DOW-UAP-D54, Mission Report, Mediterranean Sea, NA
Agency: Department of War
Incident location: Mediterranean Sea
Page 5
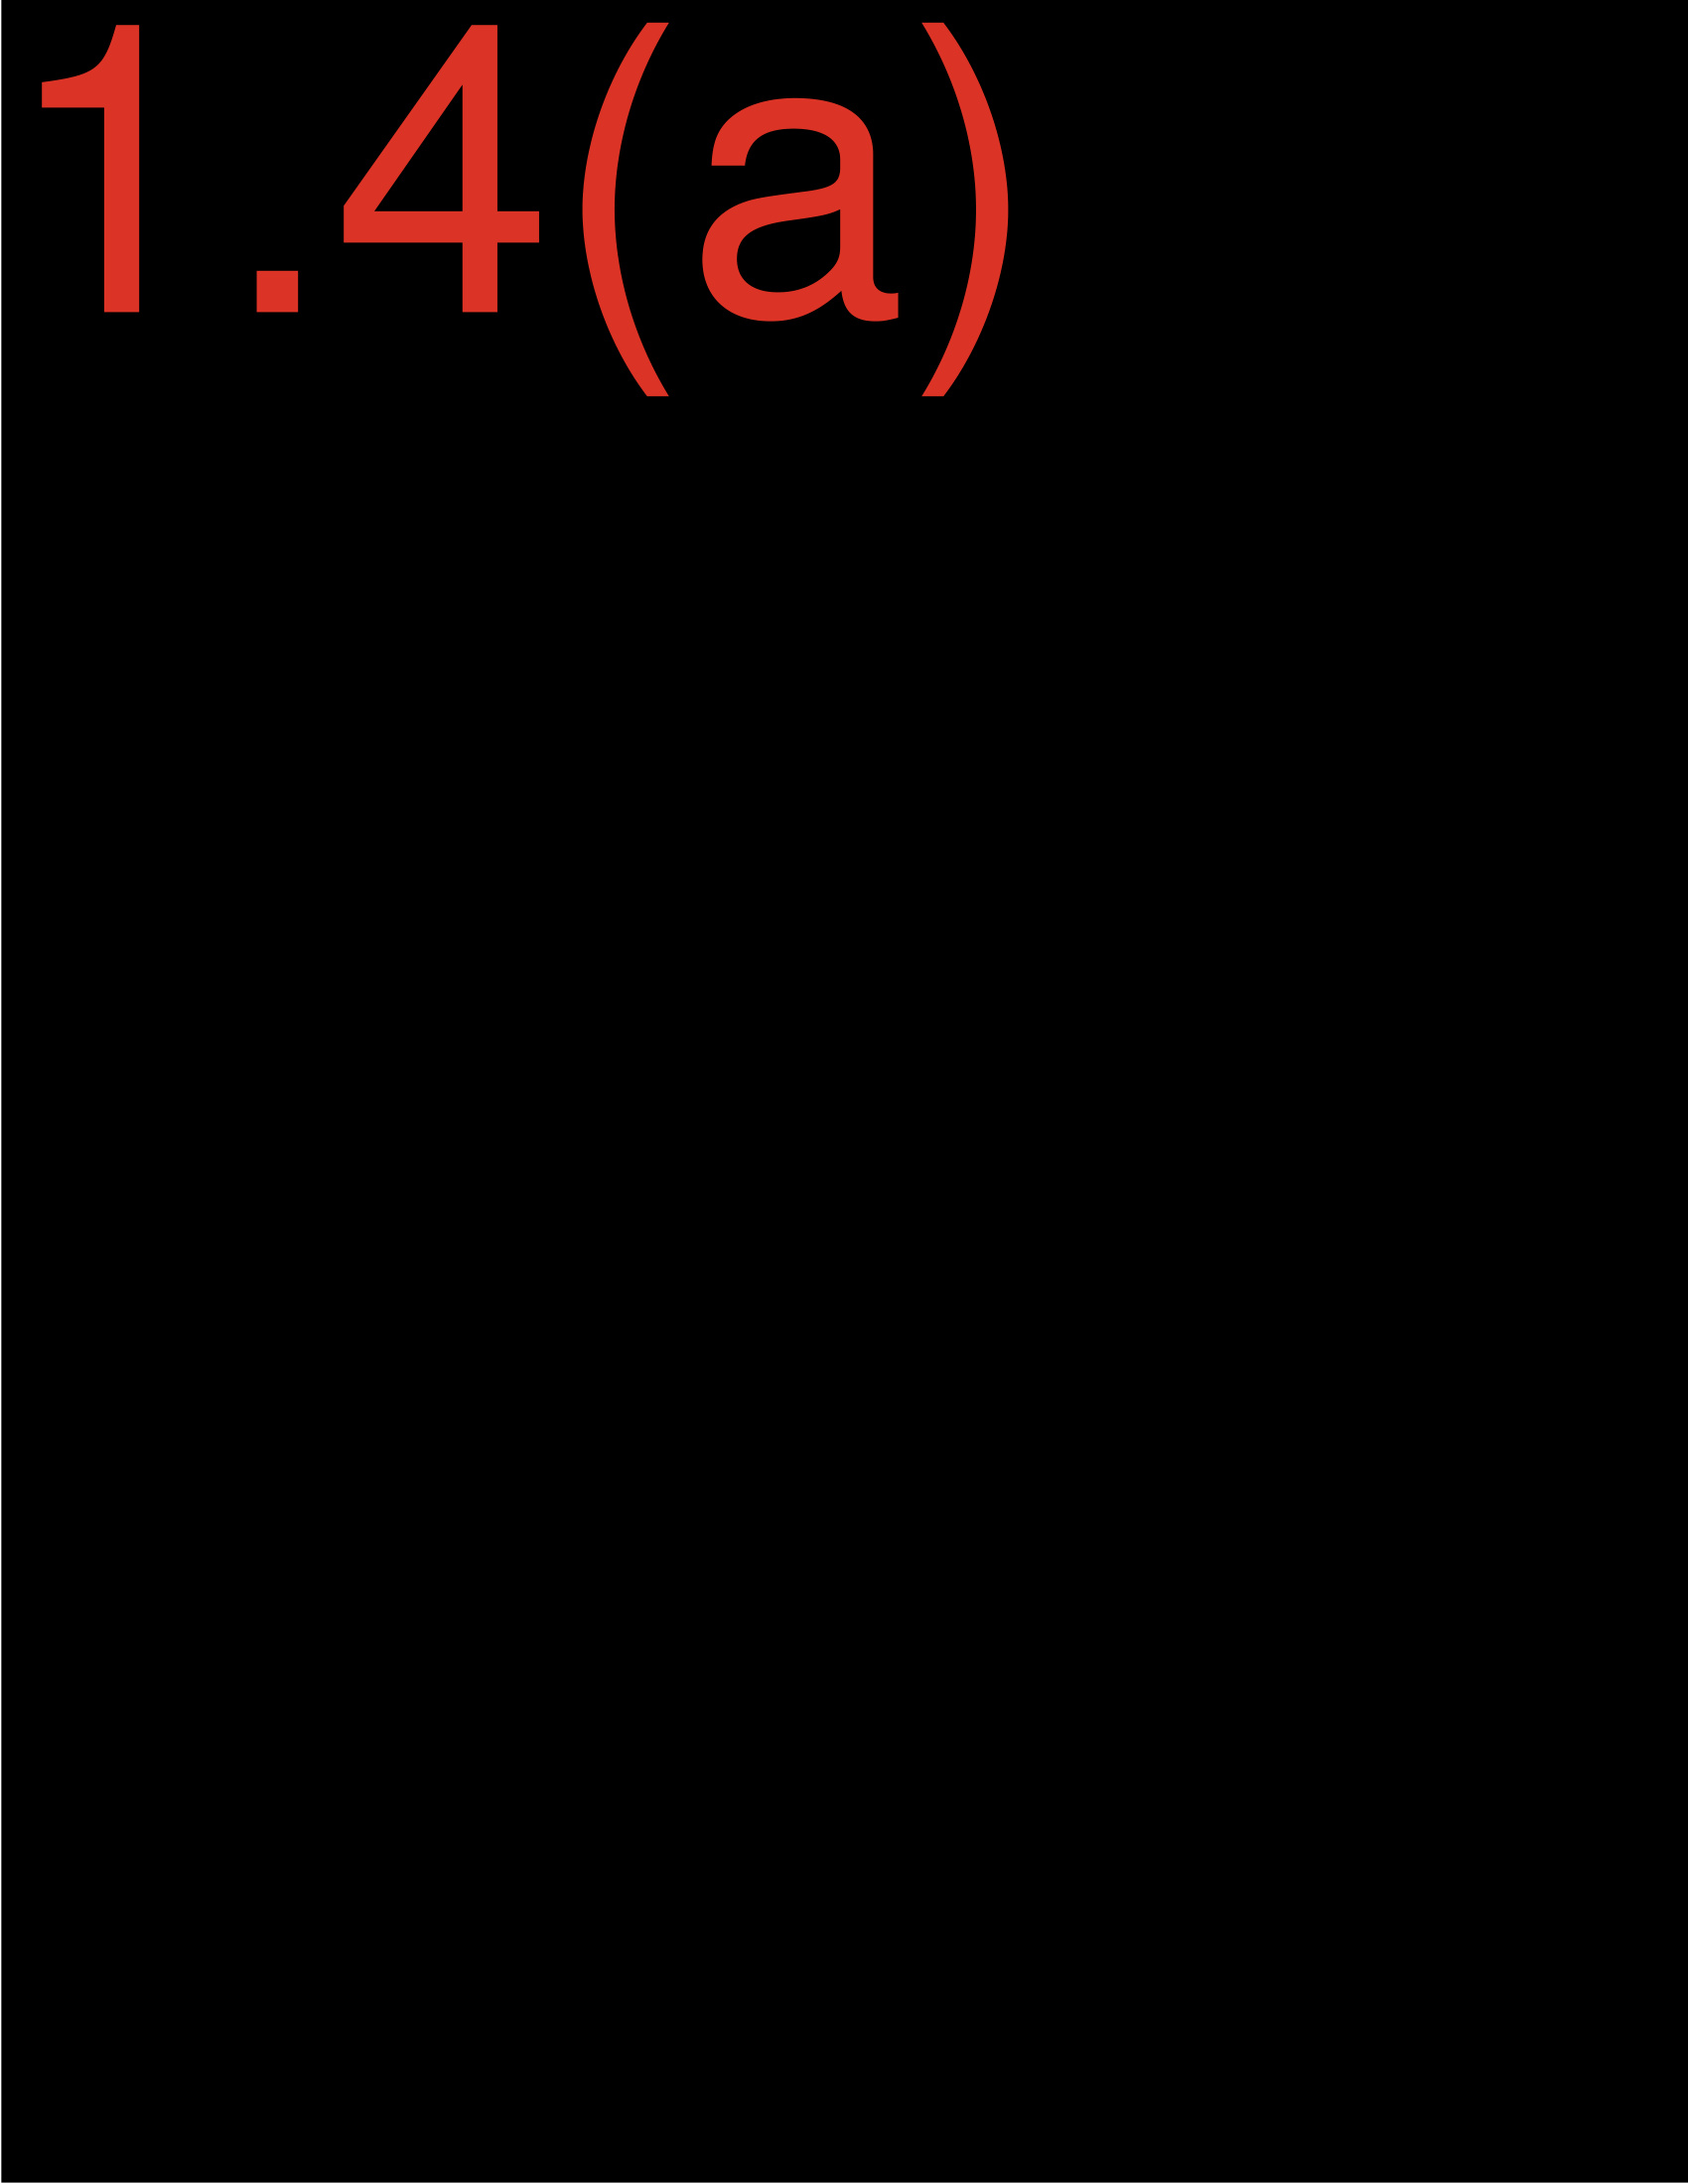